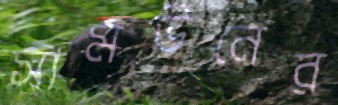
সামউনের